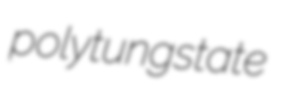
polytungstate